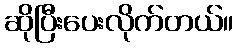
ဆိုပြီးပေးလိုက်တယ်။